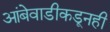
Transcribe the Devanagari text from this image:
आंबेवाडीकडूनही